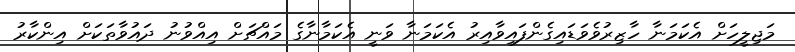
މަޖިލީހަށް އެކަމަނާ ހާޒިރުވެވަޑައިގެންފައިވާއިރު އެކަމަނާ ވަނީ އެކަމާނާގެ މައްޗަށް އިއްވުނު ދައުވާތަކަށް އިންކާރު